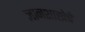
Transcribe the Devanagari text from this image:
ज्ञानशाखेचे